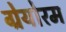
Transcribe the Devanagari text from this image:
ग्रेयोरम